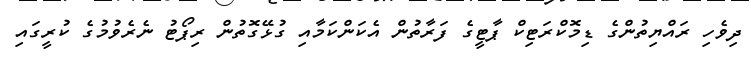
ދިވެހި ރައްޔިތުންގެ ޑިމޮކްރަޓިކް ޕާޓީގެ ފަރާތުން އެކަންކަމާއި ގުޅޭގޮތުން ރިޕޯޓު ނެރެވުމުގެ ކުރީގައި